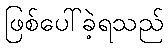
ဖြစ်ပေါ်ခဲ့ရသည်